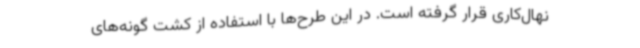
نهال‌کاری قرار گرفته است. در این طرح‌ها با استفاده از کشت گونه‌های